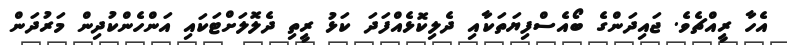
އެހާ ރީއްޗެވެ. ޖައިދަންގެ ބޯއެސްފިޔަތަކާއި ދެލިކޮޅެއްފަދަ ކަޅު ރީތި ދެލޮލަށްޓަކައި އަންހެންކުދިން މަރުދަން